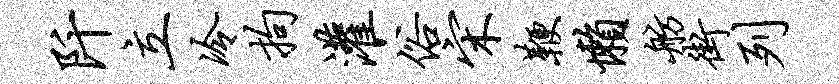
阡立冷拘灌俗宋鞭懒舫街列